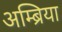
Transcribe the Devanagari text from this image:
अम्ब्रिया